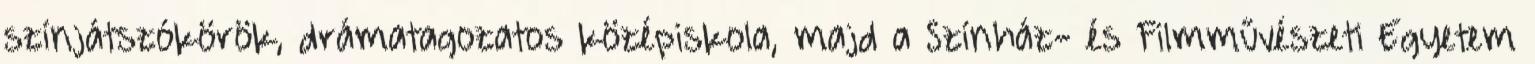
színjátszókörök, drámatagozatos középiskola, majd a Színház- és Filmművészeti Egyetem